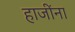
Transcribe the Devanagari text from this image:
हाजींना